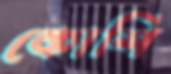
কোশি